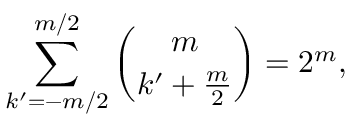
\sum _ { k ^ { \prime } = - m / 2 } ^ { m / 2 } \binom { m } { k ^ { \prime } + \frac { m } { 2 } } = 2 ^ { m } ,